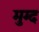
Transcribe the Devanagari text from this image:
मुग्द